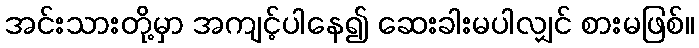
အင်းသားတို့မှာ အကျင့်ပါနေ၍ ဆေးခါးမပါလျှင် စားမဖြစ်။